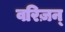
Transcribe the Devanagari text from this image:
वरिज़न्